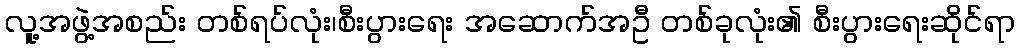
လူ့အဖွဲ့အစည်း တစ်ရပ်လုံး၊စီးပွားရေး အဆောက်အဦ တစ်ခုလုံး၏ စီးပွားရေးဆိုင်ရာ